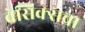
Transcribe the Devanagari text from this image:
वेसिक्सचा